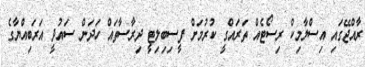
ރާއްޖޭގައި އިސްލާމިކް ރިސޯޓެއް ތަރައްގީ ކުރުމަށް ފީސިބިލިޓީ ދިރާސާތައް ހަދަން ސައުދީ އަރަބިއްޔާގެ